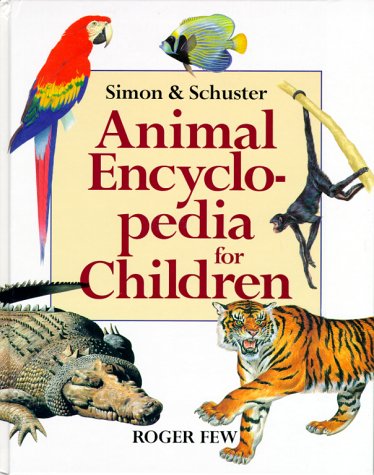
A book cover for Macmillan Animal Encyclopedia for Children; Roger Few; Reference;